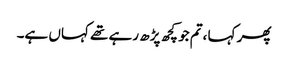
پھر کہا ،تم جو کچھ پڑھ رہے تھے کہاں ہے۔